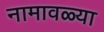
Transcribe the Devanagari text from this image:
नामावळ्या